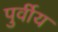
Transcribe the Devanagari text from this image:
पुर्वीय